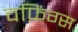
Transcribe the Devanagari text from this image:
वफ़िंग्स